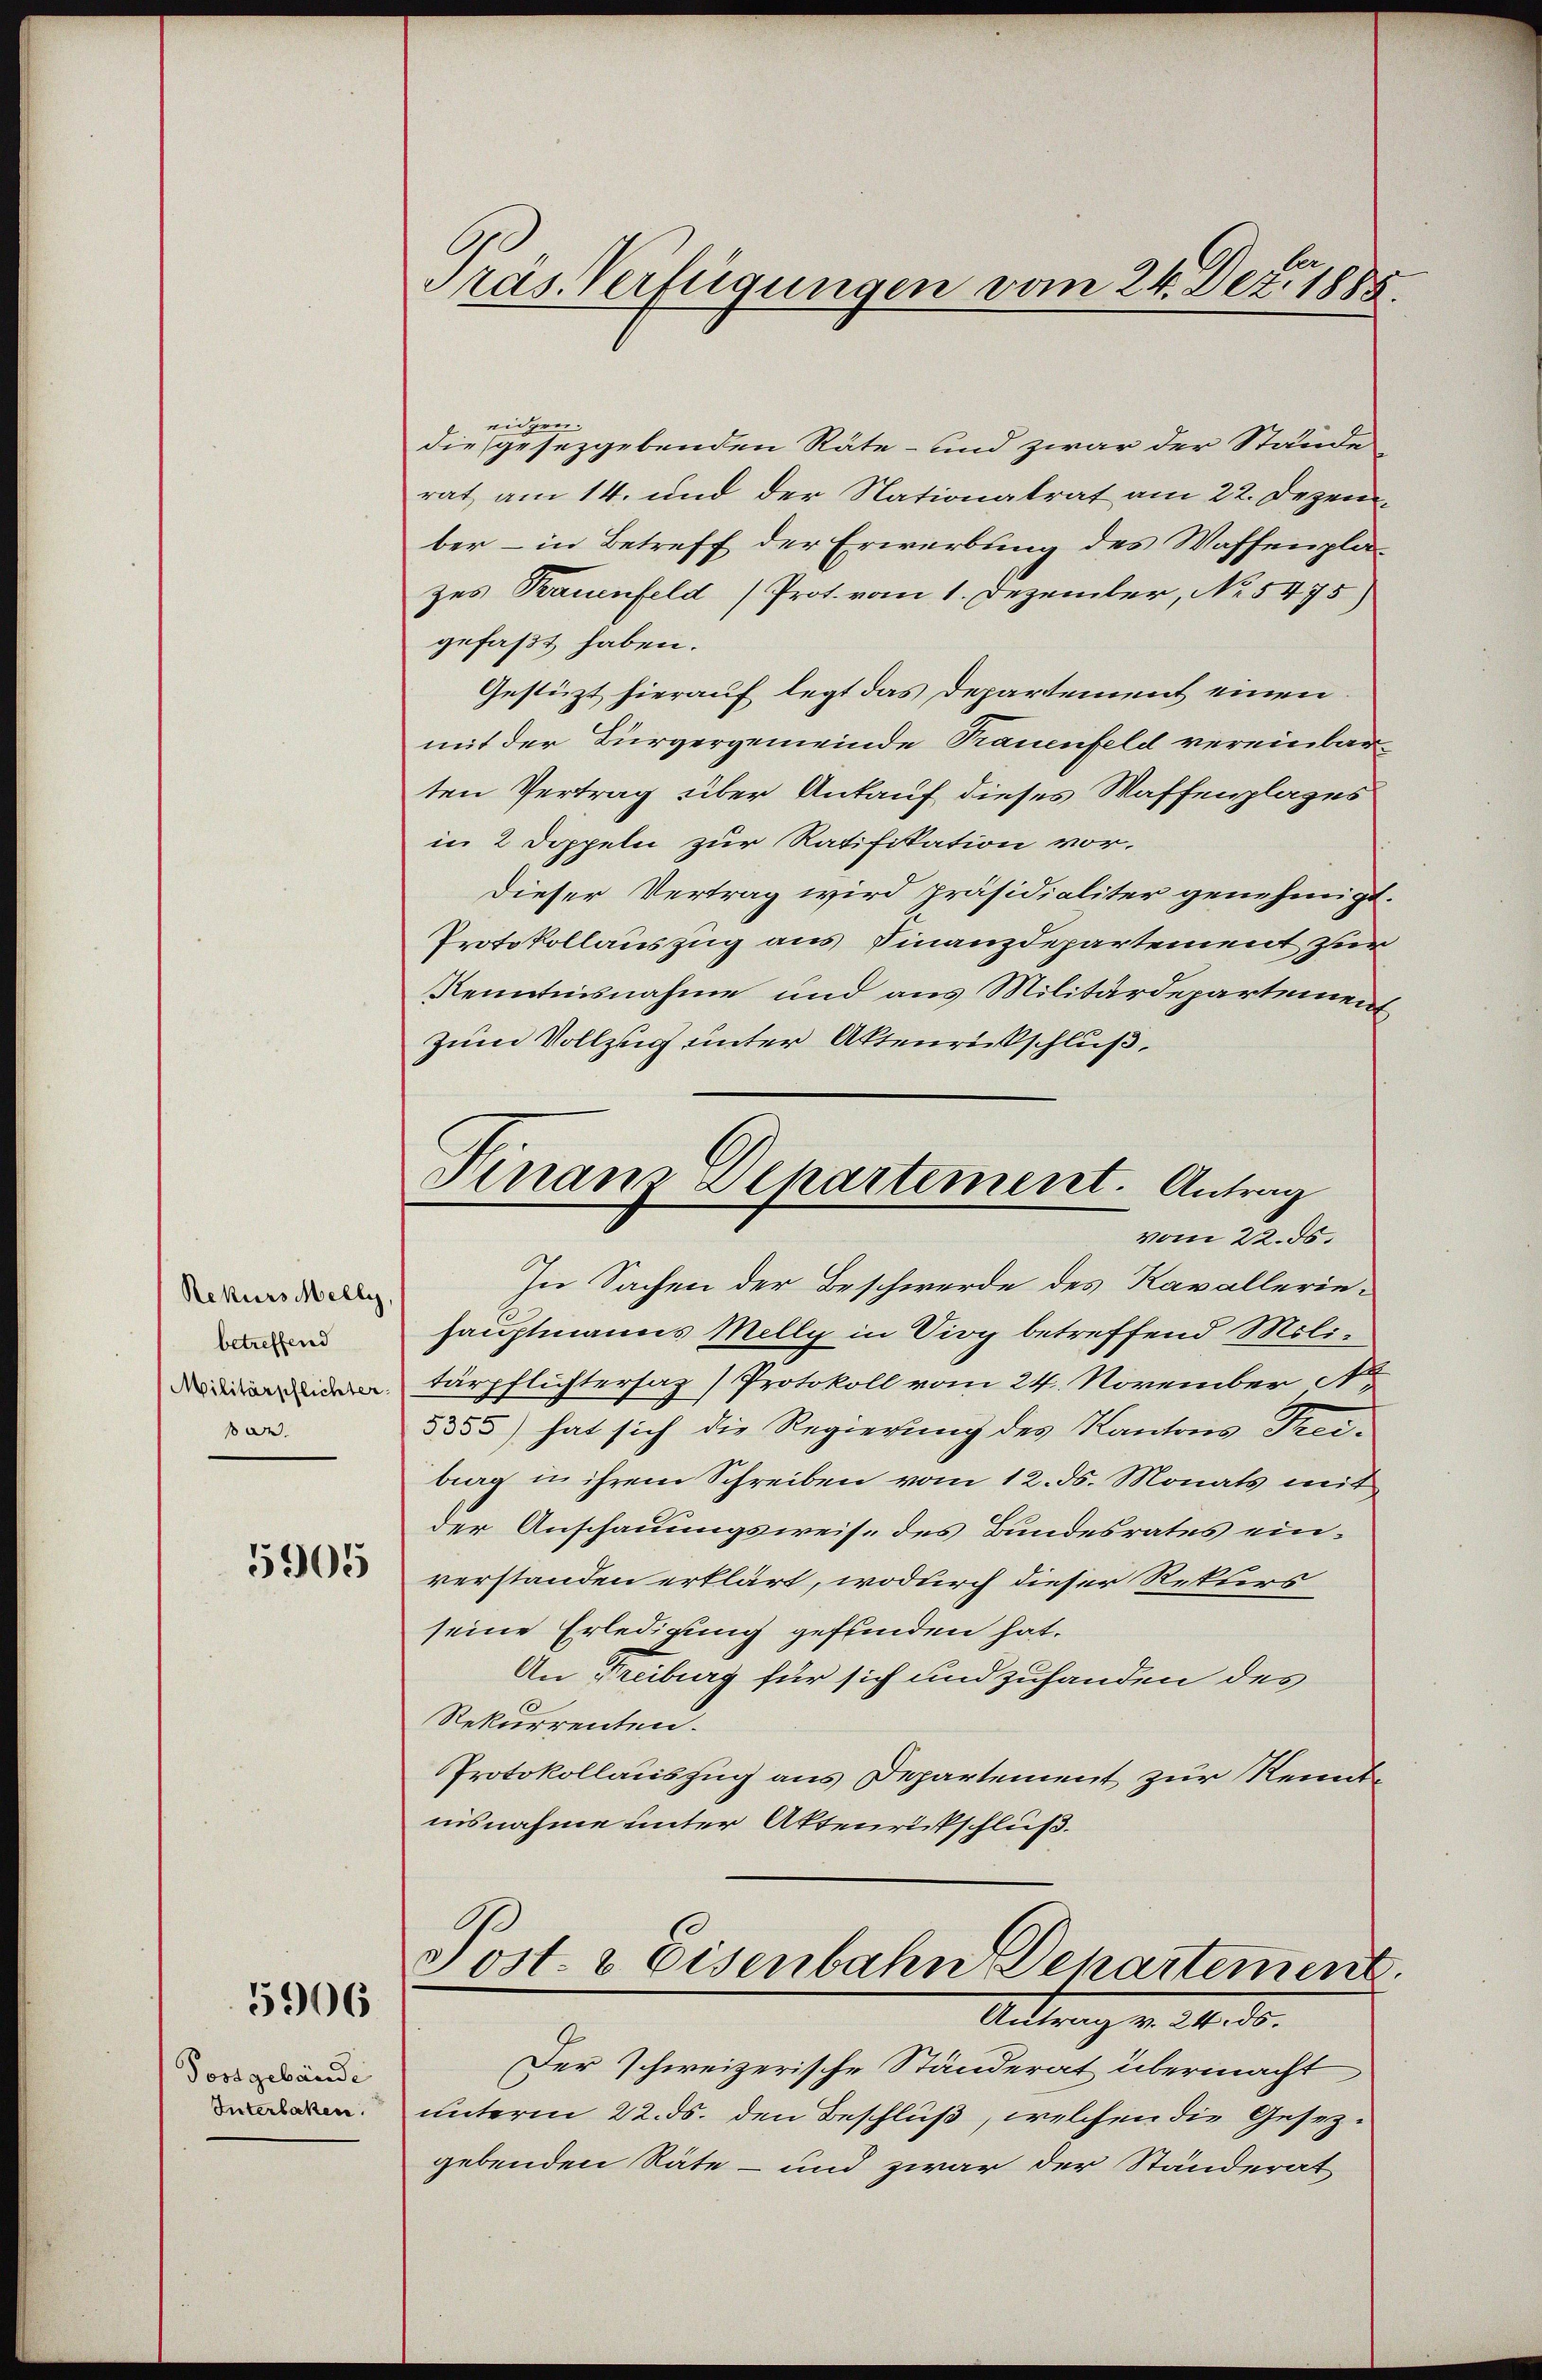
Rekurs Melly,
betreffend
Militärpflichter
0.

5905

5906

Possgebäude
Interlaken.

Präs. Verfügungen vom 24. Dez. 1885.

Finanz Departement. Antrag
vom 22. ds.

eidgen.
die gesezgebenden Räte- und zwar der Stände
rat, am 14. und der Nationalrat am 22. Dezember – in Betreff der Erwerbung des Waffenplazes Frauenfeld (Prot. vom 1. Dezember, No. 5475)
gefaßt haben.
Gestüzt hierauf legt das Departement einen
mit der Bürgergemeinde Trauenfeld vereinbarten Vertrag über Ankauf dieses Waffenplages
in 2 Doppeln zur Ratifikation vor.
Dieser Vertrag wird präsidialiter genehmigt.
Protokollauszug aus Finanzdepartement zur
Kenntnisnahme und aus Militärdepartement
zum Vollzug unter Aktenrückschluß,
In Sachen der Beschwerde des Kavalleriehauptmanns Melly in Sieg betreffend Moli-
tärpflichtersaz) Protokoll vom 24. November N
3355) hat sich die Regierung des Kantons Freibrag in ihrem Schreiben vom 12. ds. Monats mit
der Anschauungsweise des Bundesrates einverstanden erklärt, wodurch dieser Rekurs
seine Erledigung gefunden hat.
An Freiburg für sich und zuhanden des
Rekurrenten.
Protokollauszug aus Departement zur Kennte
nisnahme unter Aktenrückschluß.
.
Post. 2 eisenbahn Departement
Antrag v. 24. ds.
Der schweizerische Ständerat übermacht
unterm 22. ds. den Beschluß, welchen die Gesezgebenden Räte - und zwar der Ständerat